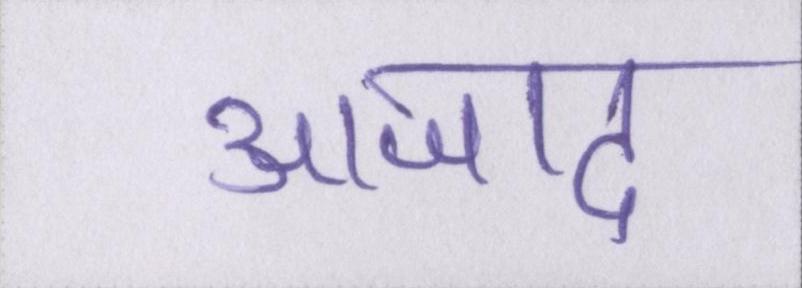
आजाद